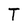
Character: T